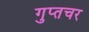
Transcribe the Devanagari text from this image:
गुप्‍तचर